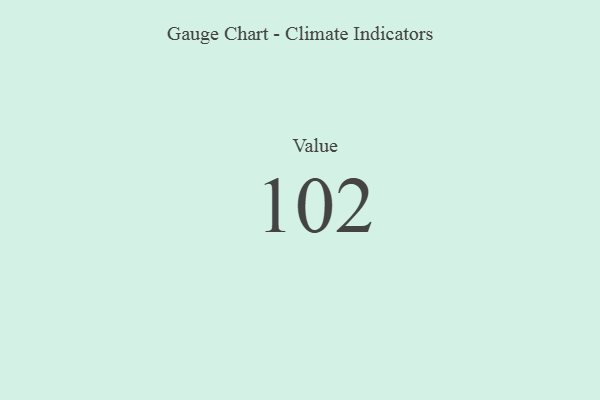
{"axis": {"x": "Metric", "y": "Value"}, "legend": [""], "data": [{"x": "Value", "y": 102, "type": ""}]}